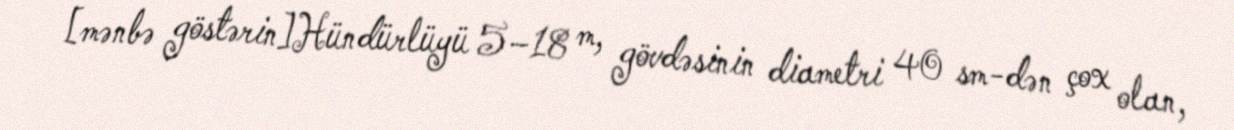
[mənbə göstərin]Hündürlüyü 5–18 m, gövdəsinin diametri 40 sm-dən çox olan,